Indian journal of veterinary science and animal husbandry - Volume 13,
Year: 1943
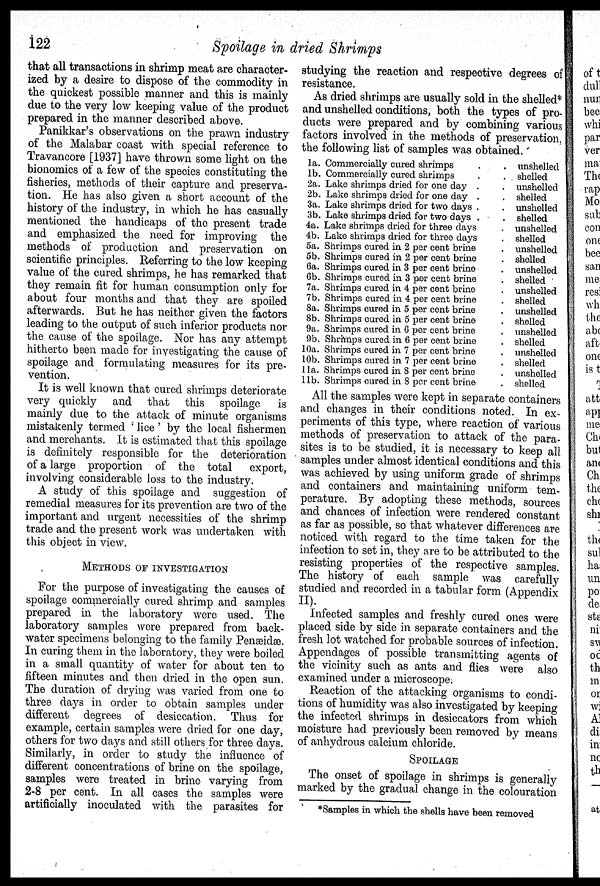
122
Spoilage in dried Shrimps
that all transactions in shrimp meat are character-
ized by a desire to dispose of the commodity in
the quickest possible manner and this is mainly
due to the very low keeping value of the product
prepared in the manner described above.
Panikkar's observations on the prawn industry
of the Malabar coast with special reference to
Travancore [1937] have thrown some light on the
bionomics of a few of the species constituting the
fisheries, methods of their capture and preserva-
tion. He has also given a short account of the
history of the industry, in which he has casually
mentioned the handicaps of the present trade
and emphasized the need for improving the
methods of production and preservation on
scientific principles. Referring to the low keeping
value of the cured shrimps, he has remarked that
they remain fit for human consumption only for
about four months and that they are spoiled
afterwards. But he has neither given the factors
leading to the output of such inferior products nor
the cause of the spoilage. Nor has any attempt
hitherto been made for investigating the cause of
spoilage and formulating measures for its pre-
vention.
It is well known that cured shrimps deteriorate
very quickly and that this spoilage
is
mainly due to the attack of minute organisms
mistakenly termed 'lice' by the local fishermen
and merchants. It is estimated that this spoilage
is definitely responsible for the deterioration
of a large proportion of the total
export,
involving considerable loss to the industry.
A study of this spoilage and suggestion of
remedial measures for its prevention are two of the
important and urgent necessities of the shrimp
trade and the present work was undertaken with
this object in view.
METHODS OF INVESTIGATION
For the purpose of investigating the causes of
spoilage commercially cured shrimp and samples
prepared in the laboratory were used. The
laboratory samples were prepared from back-
water specimens belonging to the family Penæidæ.
In curing them in the laboratory, they were boiled
in a small quantity of water for about ten to
fifteen minutes and then dried in the open sun.
The duration of drying was varied from one to
three days in order to obtain samples under
different degrees of desiccation. Thus for
example, certain samples were dried for one day,
others for two days and still others for three days.
Similarly, in order to study the influence of
different concentrations of brine on the spoilage,
samples were treated in brine varying from
2-8 per cent. In all cases the samples were
artificially inoculated with the parasites for
studying the reaction and respective degrees of
resistance.
As dried shrimps are usually sold in the shelled*
and unshelled conditions, both the types of pro-
ducts were prepared and by combining various
factors involved in the methods of preservation,
the following list of samples was obtained.
1a.
1b.
2a.
2b.
3a.
3b.
4a.
4b.
5a.
5b.
6a.
6b.
7a.
7b.
8a.
8b.
9a.
9b.
10a.
10b.
11a.
11b.
Commercially cured shrimps . .
Commercially cured shrimps . .
Lake shrimps dried for one day . .
Lake shrimps dried for one day . .
Lake shrimps dried for two days . .
Lake shrimps dried for two days . .
Lake shrimps dried for three days .
Lake shrimps dried for three days .
Shrimps cured in 2 per cent brine .
Shrimps cured in 2 per cent brine .
Shrimps cured in 3 per cent brine .
Shrimps cured in 3 per cent brine .
Shrimps cured in 4 per cent brine .
Shrimps cured in 4 per cent brine .
Shrimps cured in 5 per cent brine .
Shrimps cured in 5 per cent brine .
Shrimps cured in 6 per cent brine .
Shrimps cured in 6 per cent brine .
Shrimps cured in 7 per cent brine .
Shrimps cured in 7 per cent brine .
Shrimps cured in 8 per cent brine .
Shrimps cured in 8 per cent brine .
unshelled
shelled
unshelled
shelled
unshelled
shelled
unshelled
shelled
unshelled
shelled
unshelled
shelled
unshelled
shelled
unshelled
shelled
unshelled
shelled
unshelled
shelled
unshelled
shelled
All the samples were kept in separate containers
and changes in their conditions noted. In ex-
periments of this type, where reaction of various
methods of preservation to attack of the para-
sites is to be studied, it is necessary to keep all
samples under almost identical conditions and this
was achieved by using uniform grade of shrimps
and containers and maintaining uniform tem-
perature. By adopting these methods, sources
and chances of infection were rendered constant
as far as possible, so that whatever differences are
noticed with regard to the time taken for the
infection to set in, they are to be attributed to the
resisting properties of the respective samples.
The history of each sample was carefully
studied and recorded in a tabular form (Appendix
II).
Infected samples and freshly cured ones were
placed side by side in separate containers and the
fresh lot watched for probable sources of infection.
Appendages of possible transmitting agents of
the vicinity such as ants and flies were also
examined under a microscope.
Reaction of the attacking organisms to condi-
tions of humidity was also investigated by keeping
the infected shrimps in desiccators from which
moisture had previously been removed by means
of anhydrous calcium chloride.
SPOILAGE
The onset of spoilage in shrimps is generally
marked by the gradual change in the colouration
*Samples in which the shells have been removed